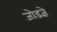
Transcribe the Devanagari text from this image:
जोडज्ञे